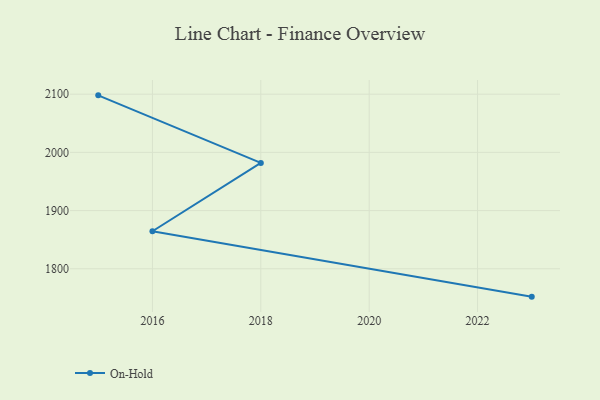
{"axis": {"x": "Year", "y": "Customer Acquisition Cost (USD)"}, "legend": ["On-Hold"], "data": [{"x": "2015", "y": 2098.0, "type": "On-Hold"}, {"x": "2018", "y": 1981.9, "type": "On-Hold"}, {"x": "2016", "y": 1864.5, "type": "On-Hold"}, {"x": "2023", "y": 1752.1, "type": "On-Hold"}]}